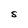
Character: S